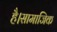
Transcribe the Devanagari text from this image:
है।सामाजिक